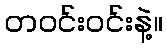
တဝင်းဝင်းနဲ့။